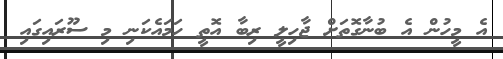
އެ މީހުން އެ ބުނާގޮތަށް ޖާހިލީ ރިބާ އޮތީ ހަމައެކަނި މި ސޫރައިގައި